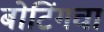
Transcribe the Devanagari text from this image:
बोटिंगचा